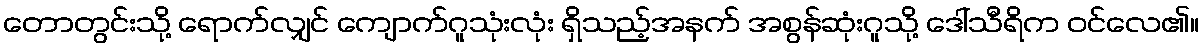
တောတွင်းသို့ ရောက်လျှင် ကျောက်ဂူသုံးလုံး ရှိသည့်အနက် အစွန်ဆုံးဂူသို့ ဒေါ်သီရိက ဝင်လေ၏။